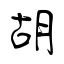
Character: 胡